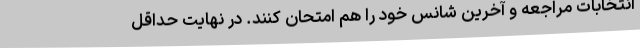
انتخابات مراجعه و آخرین شانس خود را هم امتحان کنند. در نهایت حداقل